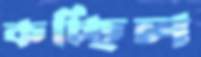
কচ্ছিল